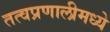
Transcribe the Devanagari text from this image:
तत्वप्रणालीमध्ये